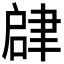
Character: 𬚫